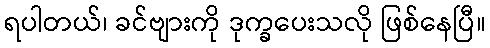
ရပါတယ်၊ ခင်ဗျားကို ဒုက္ခပေးသလို ဖြစ်နေပြီ။